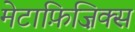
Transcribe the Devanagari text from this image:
मेटाफ़िज़िक्स